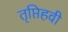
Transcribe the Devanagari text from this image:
तृप्तिहवी